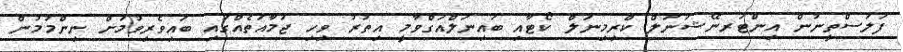
ފަލަސްތީނުން އިންޓަރނޭޝަނަލް ކްރިމިނަލް ކޯޓާއި ބައިނަލްއަގްވާމީ އިތުރު ވިހި ޖަމާއަތެއްގައި ބައިވެރިވުމަށް ނިންމުމުން